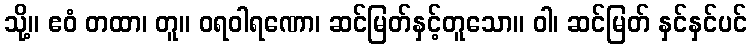
သို့။ ဧဝံ တထာ၊ တူ။ ဝရဝါရဏော၊ ဆင်မြတ်နှင့်တူသော။ ဝါ၊ ဆင်မြတ် နှင်နှင်ပင်